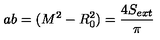
a b = ( M ^ { 2 } - R _ { 0 } ^ { 2 } ) = \frac { 4 S _ { e x t } } { \pi }